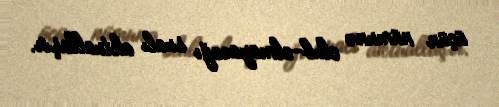
üçün nümunə olub-olmayacağı sualı aktuallaşır.